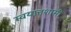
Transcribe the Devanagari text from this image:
स्वयात्तशासी